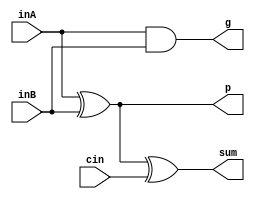
`timescale 1ns / 1ps
//////////////////////////////////////////////////////////////////////////////////
// Company: 
// Engineer: 
// 
// Design Name: 	Reduced full adder (without cout functionality)
// Module Name:    full_adder_reduced 
// Project Name: 
// Target Devices: 
// Tool versions: 
// Description: 
//
// Dependencies: 
//
// Revision: 
// Revision 0.01 - File Created
// Additional Comments: 
//
//////////////////////////////////////////////////////////////////////////////////
module full_adder_reduced(inA, inB, cin, sum, p, g
    );
	
	// Initialize ports as in/out
	input inA, inB, cin;
	output sum, p, g;
	
	// Logic for g
	// g = ab
	and generator(g, inA, inB);
	
	// Logic for p
	// p = a^b
	xor propagator(p, inA, inB);
	
	// Logic for sum
	// sum = a^b^c = p^c
	xor g0(sum, p, cin);
	
endmodule